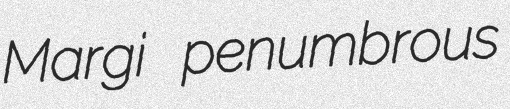
Margi penumbrous